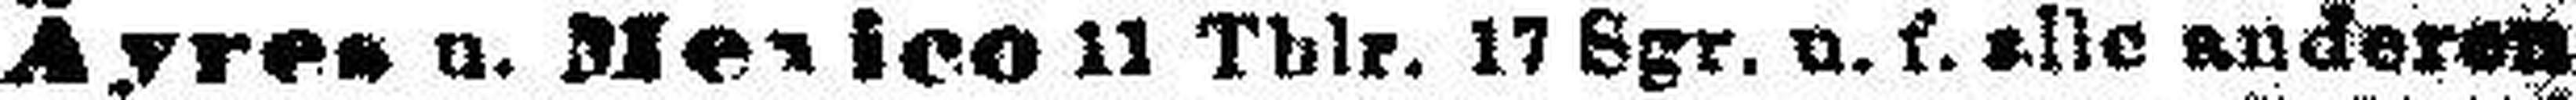
Ayres u. Mexico 11 Thlr. 17 Sgr. u. f. alle anderen